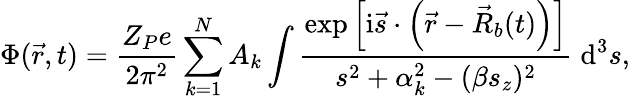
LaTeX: \Phi(\vec{r},t)={\displaystyle\frac{Z_{P}e}{2\pi^{2}}\sum_{k=1}^{N}A_{k}\int\frac{\exp\left[\mathrm{i}\vec{s}\cdot\left(\vec{r}-\vec{R}_{b}(t)\right)\right]}{s^{2}+\alpha_{k}^{2}-(\beta s_{z})^{2}}\; \mathrm{d}^{3}s},